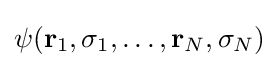
\psi (\mathbf {r} _{1},\sigma _{1},\dots ,\mathbf {r} _{N},\sigma _{N})